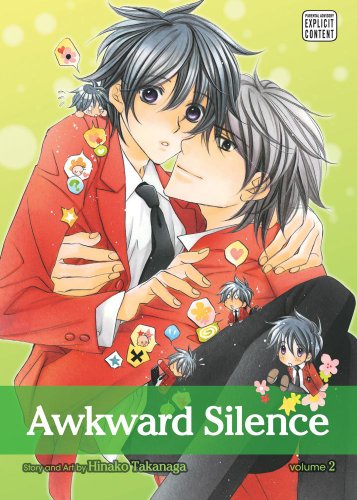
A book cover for Awkward Silence, Vol. 2 (Yaoi Manga); Hinako Takanaga; Comics & Graphic Novels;